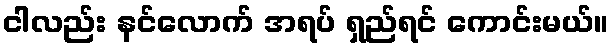
ငါလည်း နင်လောက် အရပ် ရှည်ရင် ကောင်းမယ်။